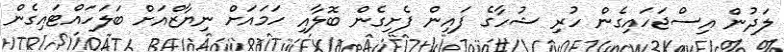
ލަދުން އިސްޖަހައިގެން ހުރި ޝުހާގެ ފައިން ފެށިގެން ބޮލާއި ހަމައަށް ނިޔާޒްއަށް ބަލަހައްޓައިގެން